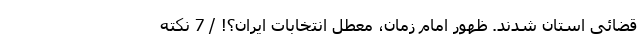
قضائی استان شدند. ظهور امام زمان، معطل انتخابات ایران؟! / 7 نکته